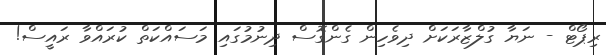
ރިޕޯޓް - ނަޔާ ގުލްޒާރަކަށް ދިވެހިން ގެންގޮސް ދިނުމުގައި މަސައްކަތް ކުރައްވާ ރައީސް!